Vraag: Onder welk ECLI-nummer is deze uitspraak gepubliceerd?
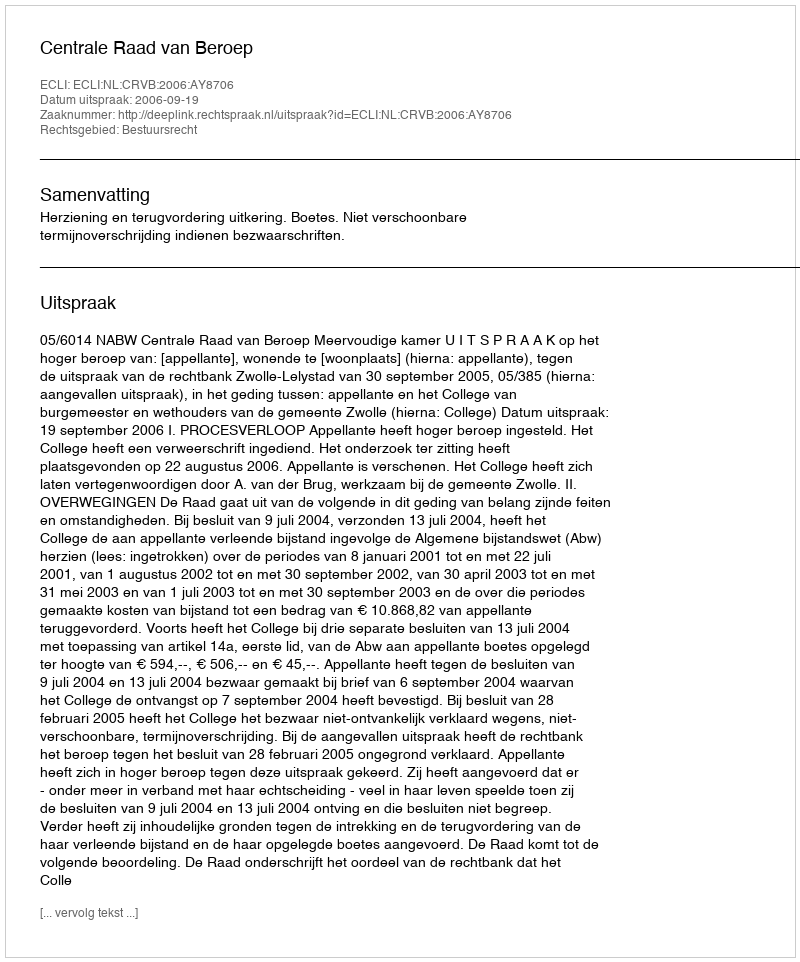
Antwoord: ECLI:NL:CRVB:2006:AY8706